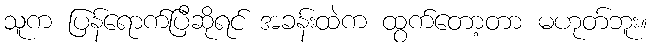
သူက ပြန်ရောက်ပြီဆိုရင် အခန်းထဲက ထွက်တော့တာ မဟုတ်ဘူး။